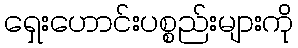
ရှေးဟောင်းပစ္စည်းများကို